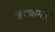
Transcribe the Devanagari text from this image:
बेंचवार्मर्स